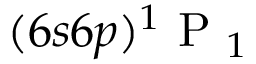
( 6 s 6 p ) \ensuremath { { ^ 1 \mathrm { ~ P ~ } _ { 1 } } }